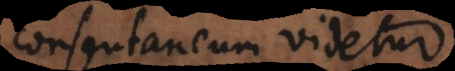
consentaneum videtur.